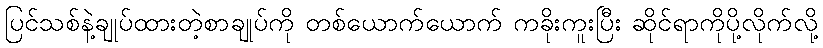
ပြင်သစ်နဲ့ချုပ်ထားတဲ့စာချုပ်ကို တစ်ယောက်ယောက် ကခိုးကူးပြီး ဆိုင်ရာကိုပို့လိုက်လို့